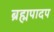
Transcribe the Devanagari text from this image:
ब्रह्मपादप